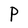
Character: P